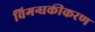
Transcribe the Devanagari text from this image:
विगन्धकीकरण